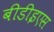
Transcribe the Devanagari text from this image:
बीडीइएस